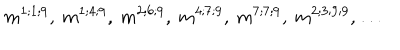
LaTeX: m ^ { 1 ; 1 ; 9 } , \ m ^ { 1 ; 4 ; 9 } , \ m ^ { 2 ; 6 ; 9 } , \ m ^ { 4 ; 7 ; 9 } , \ m ^ { 7 ; 7 ; 9 } , \ m ^ { 2 ; 3 ; 9 ; 9 } , \dots